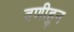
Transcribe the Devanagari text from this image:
वणीहुन